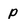
Character: p